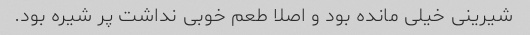
شیرینی خیلی مانده بود و اصلا طعم خوبی نداشت پر شیره بود.